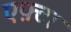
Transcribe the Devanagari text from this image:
एफ़्टा